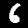
Digit: 6